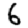
Digit: 6